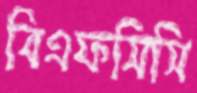
বিএফসিসি